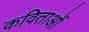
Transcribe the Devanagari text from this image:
कविताओंं